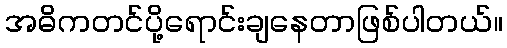
အဓိကတင်ပို့ရောင်းချနေတာဖြစ်ပါတယ်။